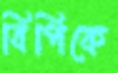
বিপিকে